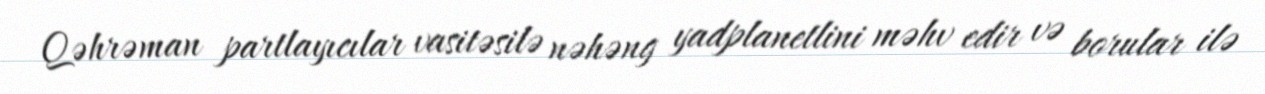
Qəhrəman partlayıcılar vasitəsilə nəhəng yadplanetlini məhv edir və borular ilə